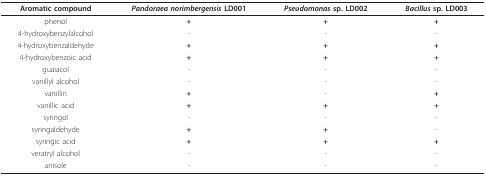
<table><thead><tr><td><b>Aromatic compound</b></td><td><b><i>Pandoraea norimbergensis </i>LD001</b></td><td><b><i>Pseudomonas </i>sp. LD002</b></td><td><b><i>Bacillus </i>sp. LD003</b></td></tr></thead><tbody><tr><td>phenol</td><td><b>+</b></td><td><b>+</b></td><td><b>+</b></td></tr><tr><td>4-hydroxybenzylalcohol</td><td>-</td><td>-</td><td>-</td></tr><tr><td>4-hydroxybenzaldehyde</td><td><b>+</b></td><td><b>+</b></td><td><b>+</b></td></tr><tr><td>4-hydroxybenzoic acid</td><td><b>+</b></td><td><b>+</b></td><td><b>+</b></td></tr><tr><td>guaiacol</td><td>-</td><td>-</td><td>-</td></tr><tr><td>vanillyl alcohol</td><td>-</td><td>-</td><td>-</td></tr><tr><td>vanillin</td><td><b>+</b></td><td>-</td><td><b>+</b></td></tr><tr><td>vanillic acid</td><td><b>+</b></td><td><b>+</b></td><td><b>+</b></td></tr><tr><td>syringol</td><td>-</td><td>-</td><td>-</td></tr><tr><td>syringaldehyde</td><td><b>+</b></td><td><b>+</b></td><td>-</td></tr><tr><td>syringic acid</td><td><b>+</b></td><td><b>+</b></td><td><b>+</b></td></tr><tr><td>veratryl alcohol</td><td>-</td><td>-</td><td>-</td></tr><tr><td>anisole</td><td>-</td><td>-</td><td>-</td></tr></tbody></table>